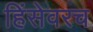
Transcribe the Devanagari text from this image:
हिंसेवरच